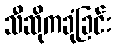
သီဆိုကခုံခြင်း